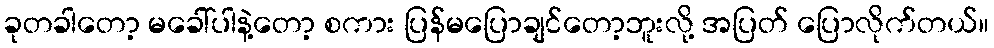
ခုတခါတော့ မခေါ်ပါနဲ့တော့ စကား ပြန်မပြောချင်တော့ဘူးလို့ အပြတ် ပြောလိုက်တယ်။